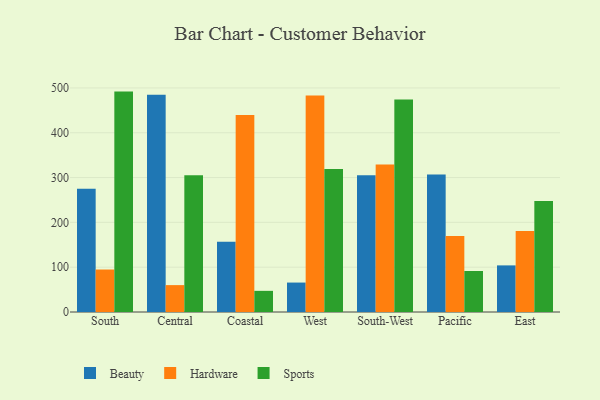
{"axis": {"x": "Region", "y": "Waste Production (Tons)"}, "legend": ["Beauty", "Hardware", "Sports"], "data": [{"x": "South", "y": 275.0, "type": "Beauty"}, {"x": "South", "y": 94.8, "type": "Hardware"}, {"x": "South", "y": 491.8, "type": "Sports"}, {"x": "Central", "y": 484.5, "type": "Beauty"}, {"x": "Central", "y": 60.0, "type": "Hardware"}, {"x": "Central", "y": 305.4, "type": "Sports"}, {"x": "Coastal", "y": 157.0, "type": "Beauty"}, {"x": "Coastal", "y": 439.8, "type": "Hardware"}, {"x": "Coastal", "y": 47.2, "type": "Sports"}, {"x": "West", "y": 65.7, "type": "Beauty"}, {"x": "West", "y": 483.0, "type": "Hardware"}, {"x": "West", "y": 319.3, "type": "Sports"}, {"x": "South-West", "y": 305.1, "type": "Beauty"}, {"x": "South-West", "y": 328.9, "type": "Hardware"}, {"x": "South-West", "y": 474.2, "type": "Sports"}, {"x": "Pacific", "y": 306.8, "type": "Beauty"}, {"x": "Pacific", "y": 169.4, "type": "Hardware"}, {"x": "Pacific", "y": 91.5, "type": "Sports"}, {"x": "East", "y": 104.0, "type": "Beauty"}, {"x": "East", "y": 180.9, "type": "Hardware"}, {"x": "East", "y": 247.7, "type": "Sports"}]}